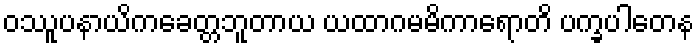
ဝဿူပနာယိကခေတ္တဘူတာယ ယထာဂမမိကာရောတိ ပက္ခပါတေန